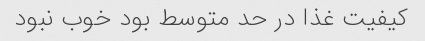
کیفیت غذا در حد متوسط بود خوب نبود